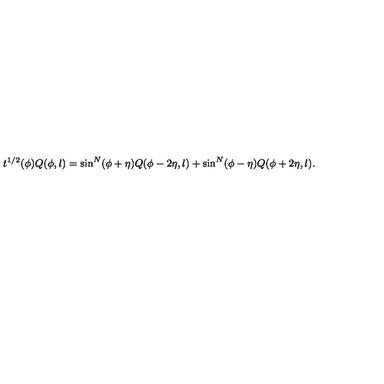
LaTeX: t ^ { 1 / 2 } ( \phi ) Q ( \phi , l ) = \sin ^ { N } ( \phi + \eta ) Q ( \phi - 2 \eta , l ) + \sin ^ { N } ( \phi - \eta ) Q ( \phi + 2 \eta , l ) .